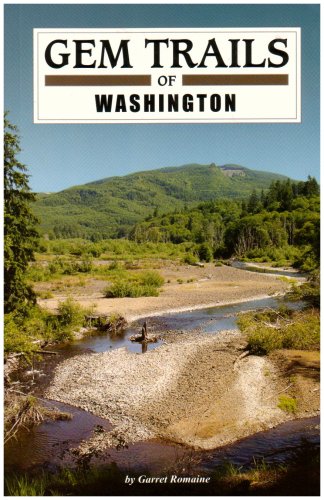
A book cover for Gem Trails of Washington; Garret Romaine; Science & Math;